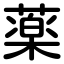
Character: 薬